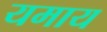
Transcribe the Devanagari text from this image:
यमाय